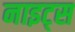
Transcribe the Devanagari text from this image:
नाइट्‌स